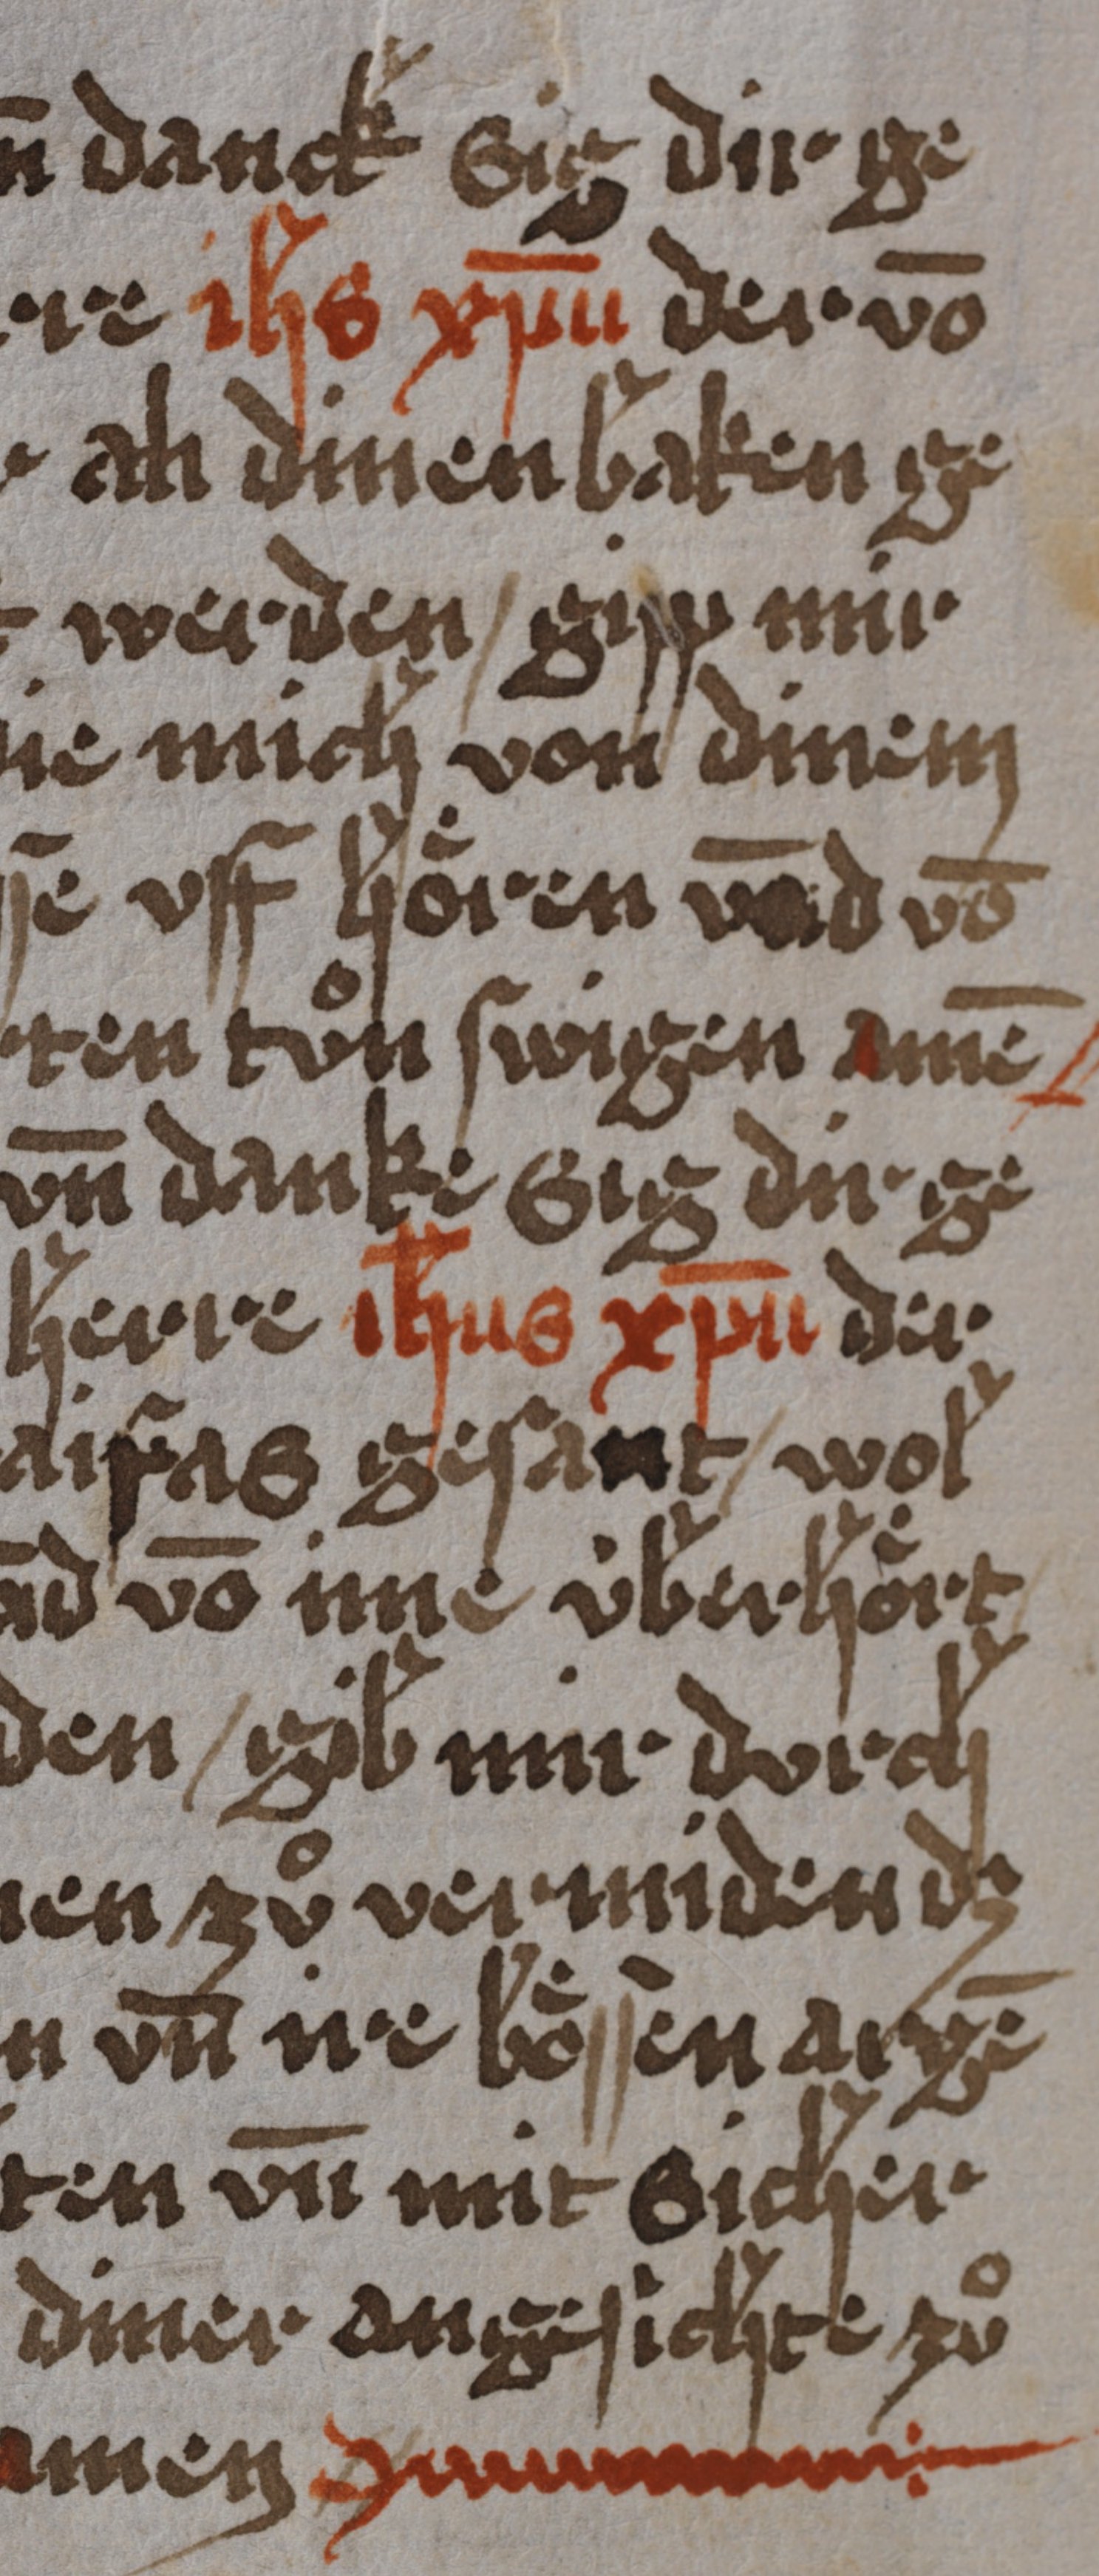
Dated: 1450–1499